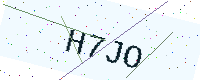
Text: H7JO